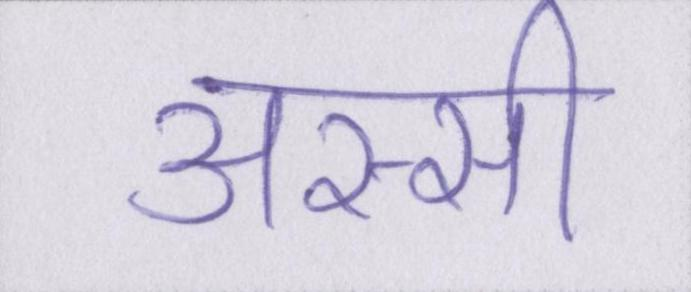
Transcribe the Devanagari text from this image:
अस्सी